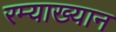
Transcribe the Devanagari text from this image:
रम्याख्यान